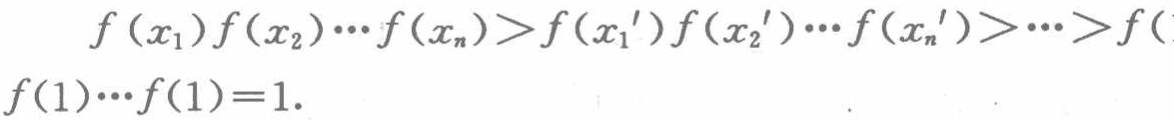
\[

f\left(x_{1}\right) f\left(x_{2}\right) \cdots f\left(x_{n}\right)>f\left(x_{1}{ }^{\prime}\right) f\left(x_{2}{ }^{\prime}\right) \cdots f\left(x_{n}{ }^{\prime}\right)>\cdots>f(1)\cdots f(1)=1.

\]